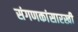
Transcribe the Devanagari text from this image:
संगणकांसारखी